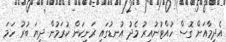
އެދިމާއަށް ގޮސް ހުއްޓުނުއިރު މެދު އުނޑުގައި ރަނިކަން ކުރަމުން ދިޔަ ބުރު ހަމަ